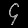
Digit: ၄